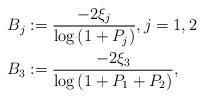
LaTeX: \begin{align*}B_j&:=\frac{-2\xi_j}{\log\left(1+ P_j\right)} , j=1,2\\B_3&:=\frac{-2\xi_3}{\log\left(1+ P_1+P_2\right)} ,\end{align*}